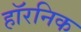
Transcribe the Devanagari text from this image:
हॉरनिक